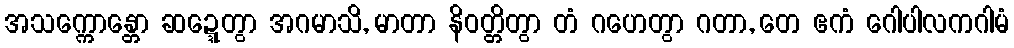
အသက္ကောန္တော ဆဍ္ဍေတွာ အဂမာသိ, မာတာ နိဝတ္တိတွာ တံ ဂဟေတွာ ဂတာ, တေ ဧကံ ဂေါပါလကဂါမံ